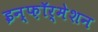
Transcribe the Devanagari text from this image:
इन्फ़ॉर्मेशन